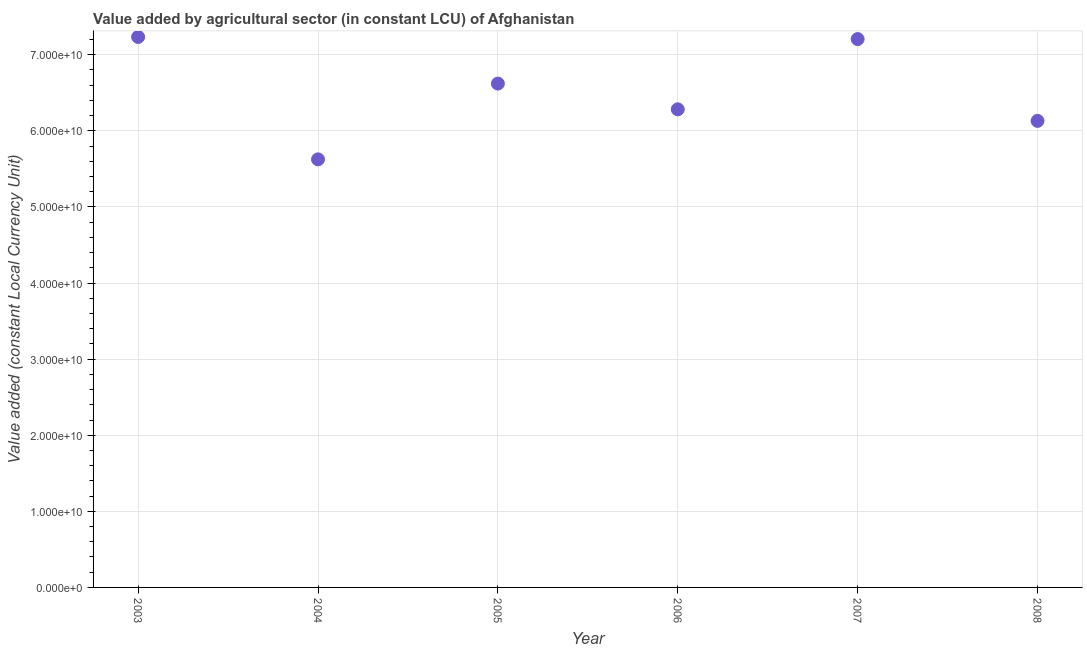
| Year | Agriculture |
 | --- | --- |
 | 2003 | 7.23e+10 |
 | 2004 | 5.62e+10 |
 | 2005 | 6.62e+10 |
 | 2006 | 6.28e+10 |
 | 2007 | 7.21e+10 |
 | 2008 | 6.13e+10 |